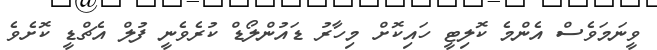
ވީނަމަވެސް އެންމެ ކޮލިޓީ ހައިކޮށް މިހާރު ޑައުންލޯޑް ކުރެވެނީ ފުލް އެޗްޑީ ކޮށެވެ